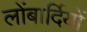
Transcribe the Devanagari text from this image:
लोंबार्दियों